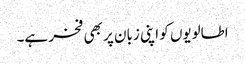
اطالویوں کو اپنی زبان پر بھی فخر ہے۔